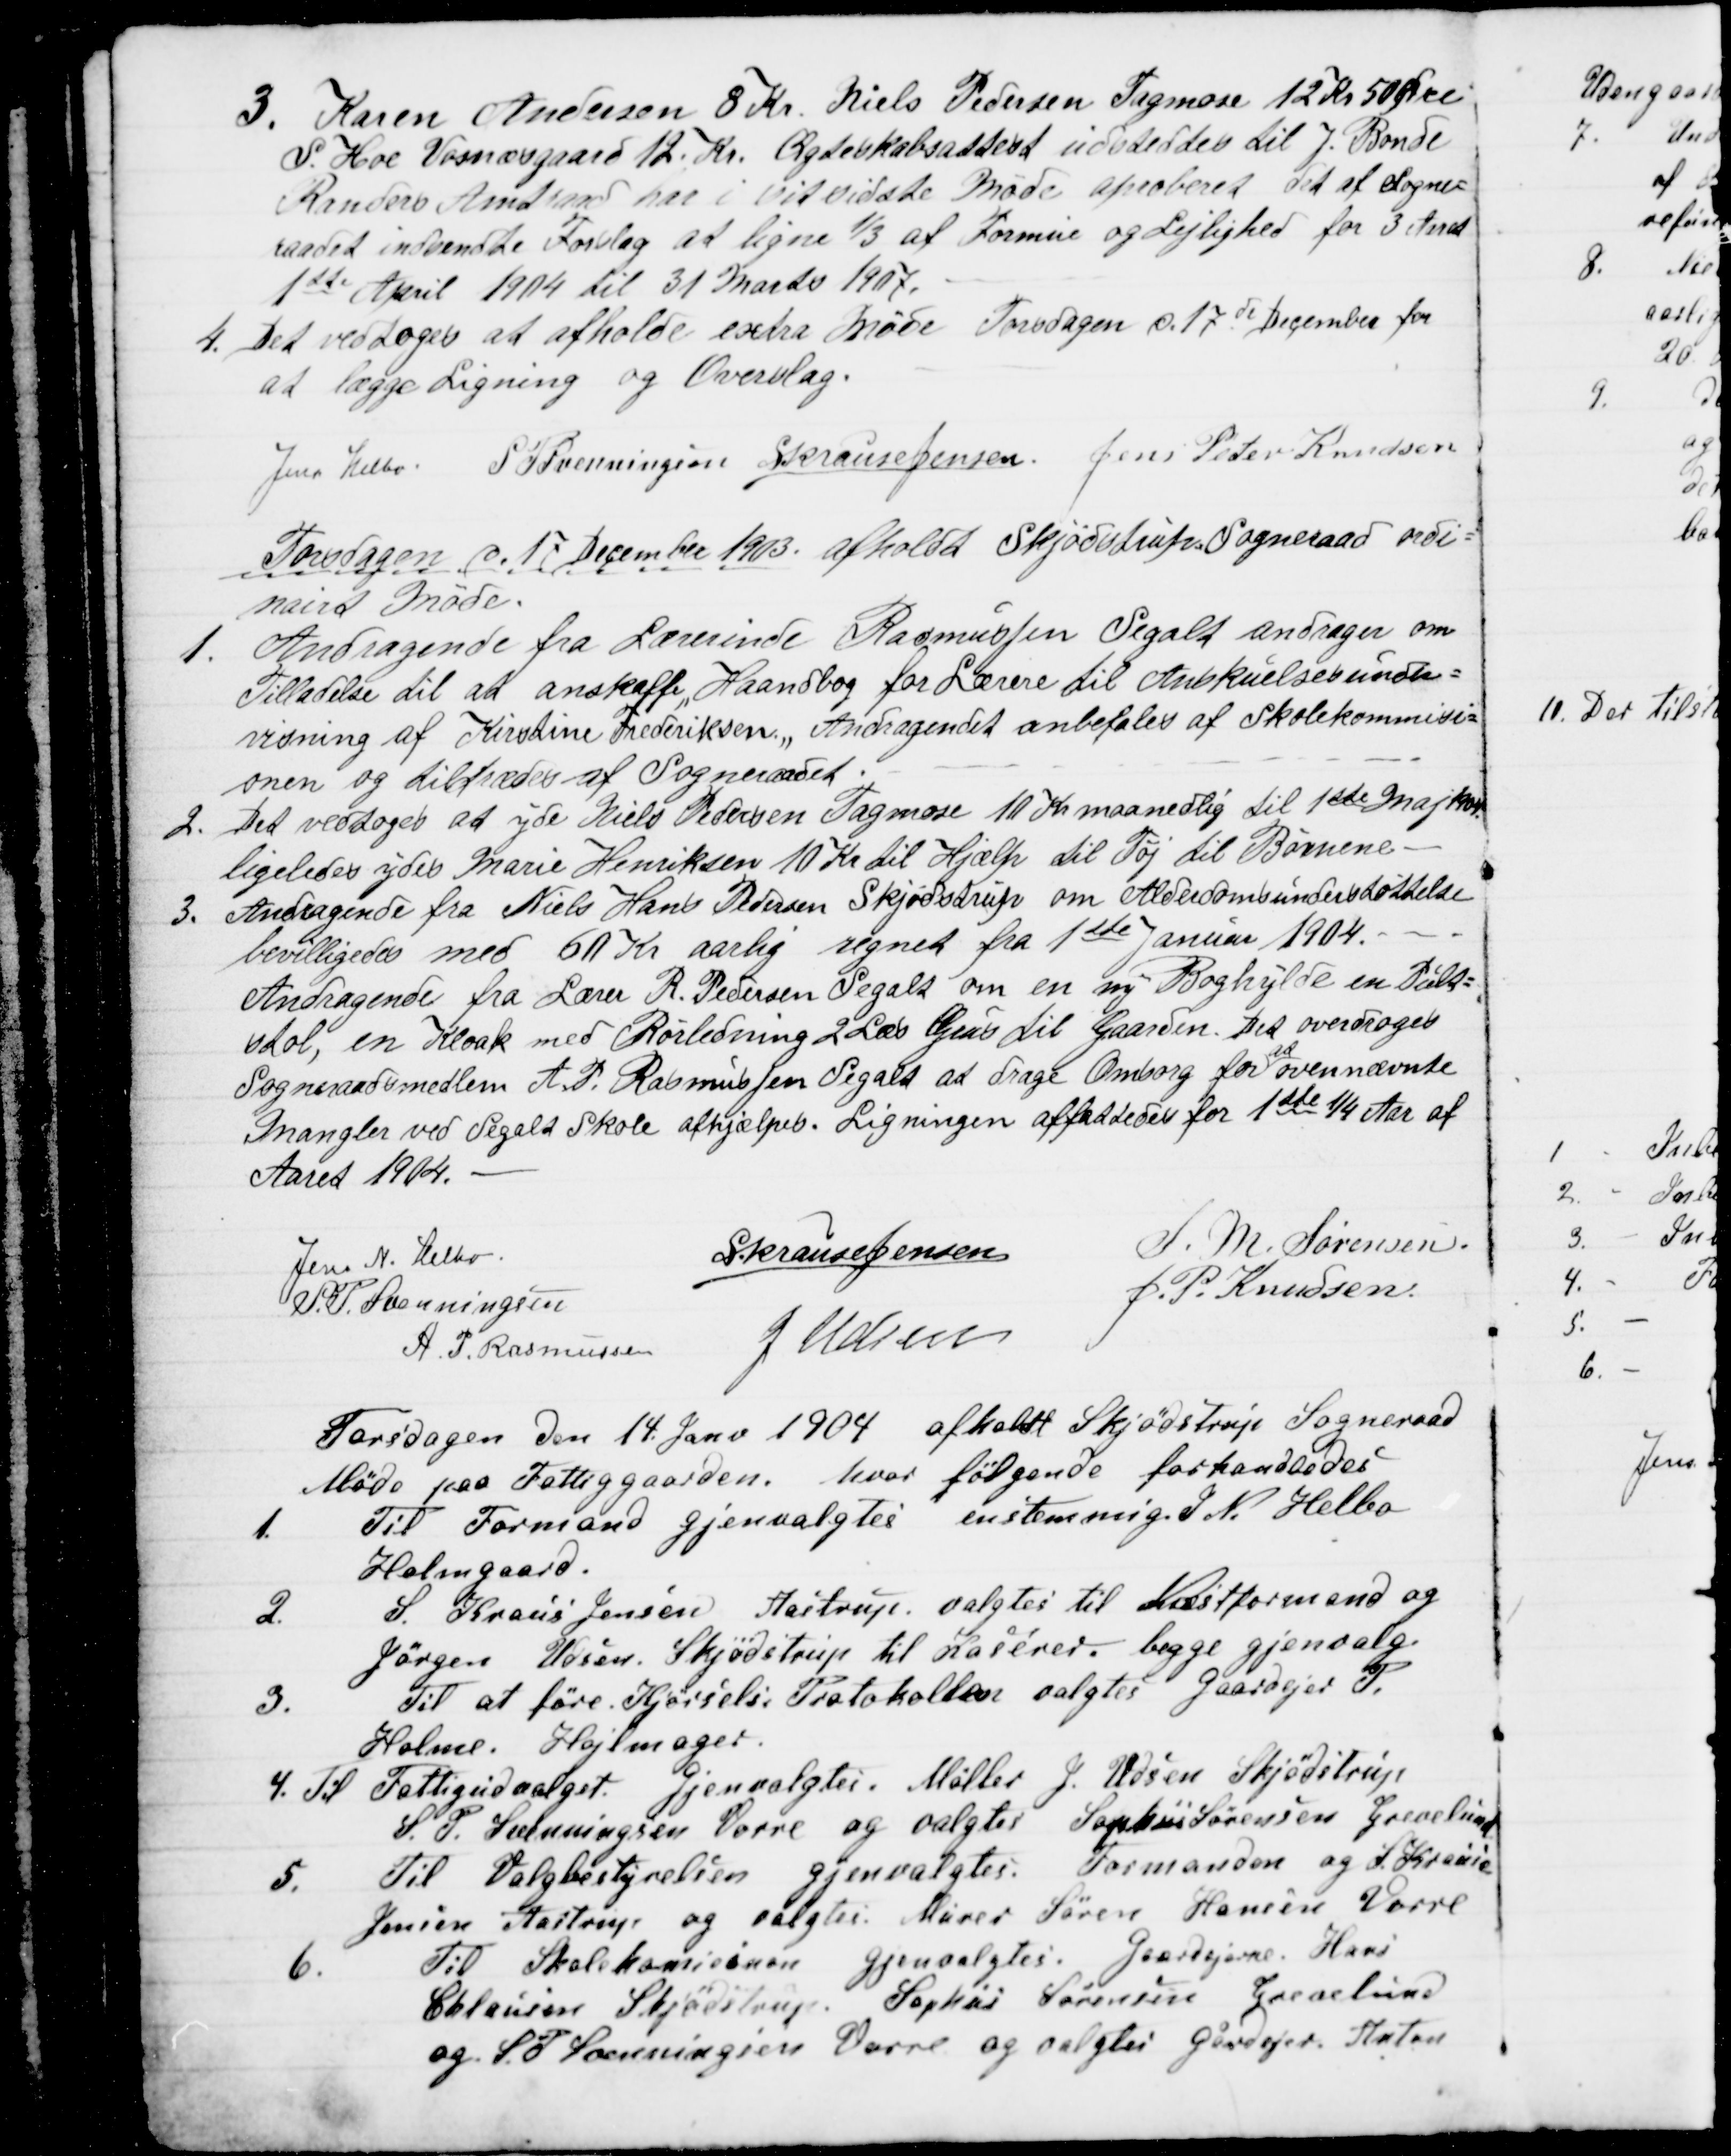
Transskription:
3. Karen Andersen 8 Kr. Niels Pedersen Tagmose 12 Kr 50 Øre
S. Hoe Vosnæsgaard 12. Kr. Ægteskabsattest udstedtes til J. Bonde
Randers Amtsraad har i sit sidste Møde aproberet det af Sogne=
raadet indsendte Forslag at ligne ⅓ af Formue og Lejlighed for 3 Aaret
1ste April 1904 til 31 Marts 1907.
4. Det vedtoges at afholde extra Møde Torsdagen d. 17de December for
at lægge Ligning og Overslag.
Jens Helbo
S. P. Svenningsen S Krause Jensen Jens Peter Knudsen
Torsdagen d. 17 December 1903 afholdt Skjødstrup Sogneraad ordi=
nairt Møde.
1.
Andragende fra Lærerinde Rasmussen Segalt andrager om
Tilladelse til at anskaffe "Haandbog for Lærere til Anskuelsesunder=
visning af Kirstine Frederiksen." Andragendet anbefales af Skolekommisi=
onen og tiltrædes af Sogneraadet
2.
Det vedtoges at yde Niels Pedersen Tagmose 10 Kr maanedlig til 1ste Maj 1904
ligeledes ydes Marie Henriksen 10 Kr til Hjælp til Tøj til Børnene
3. Andragende fra Niels Hans Pedersen Skjødstrup om Alderdomsunderstøttelse
bevilligedes med 60 Kr aarlig regnet fra 1ste Januar 1904.
Andragende fra Lærer R. Pedersen Segalt om en ny Boghylde en Pult=
stol, en Kloak med Rørledning 2 Læs Grus til Gaarden. Det overdroges
Sogneraadsmedlem A. P. Rasmussen Segalt at drage Omsorg for 
at
ovennævnte
Mangler ved Segalt Skole afhjælpes. Ligningen affattedes for 1ste ¼ Aar af
Aaret 1904.
Jens N. Helbo
S Krause Jensen
S. M. Sørensen
S. P. Svenningsen
J. P. Knudsen
A. P. Rasmussen
J. Udsen
Torsdagen den 14 Janv 1904 afholdt Skjødstrup Sogneraad
Møde paa Fattiggaarden, hvor følgende forhandledes
1.
Til Formand gjenvalgtes enstemmig J. N. Helbo
Holmgaard.
2.
S. Kraus Jensen, Aastrup valgtes til Næstformand og
Jørgen Udsen, Skjødstrup til Kaserer. begge gjenvalg.
3.
Til at føre Kjørsels Protokollen valgtes Gaardejer P.
Holme. Hojlmager.
4. Til Fattigudvalget gjenvalgtes. Møller J. Udsen Skjødstrup
S. P. Svenningsen Vorre og valgtes Sophus Sørensen Grevelund
5.
Til Valgbestyrelsen gjenvalgtes. Formanden og S. Krause
Jensen Aastrup og valgtes Murer Søren Hansen Vorre
6.
Til Skolekomisinon gjenvalgtes. gaardejerne. Hans
Chlausen Skjødstrup. Sophus Sørensen Grevelund
og S. P. Svenningsen Vorre og valgtes gårdejer Anton